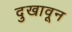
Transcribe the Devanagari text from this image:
दुखावून